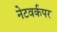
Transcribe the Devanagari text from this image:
नेटवर्कपर